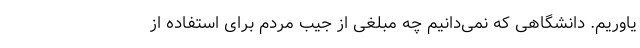
یاوریم. دانشگاهی که نمی‌دانیم چه مبلغی از جیب مردم برای استفاده از